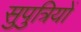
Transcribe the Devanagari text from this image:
सुपुत्रियों